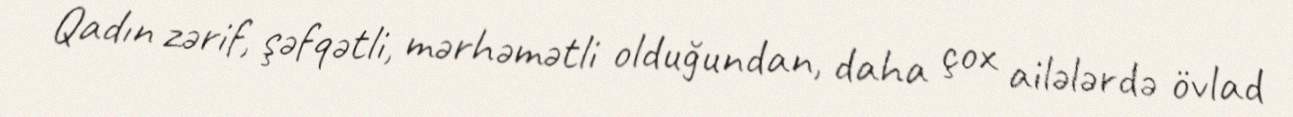
Qadın zərif, şəfqətli, mərhəmətli olduğundan, daha çox ailələrdə övlad